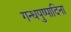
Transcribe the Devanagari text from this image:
गन्धपुष्पादिना